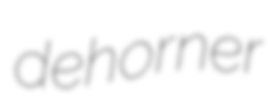
dehorner